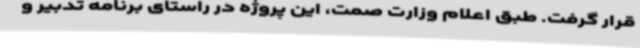
قرار گرفت. طبق اعلام وزارت صمت، این پروژه در راستای برنامه تدبیر و